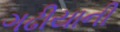
ગઢીયાની